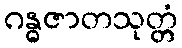
ဂန္ဓဇာတသုတ္တံ